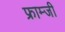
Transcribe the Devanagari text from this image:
फ्राम्जी